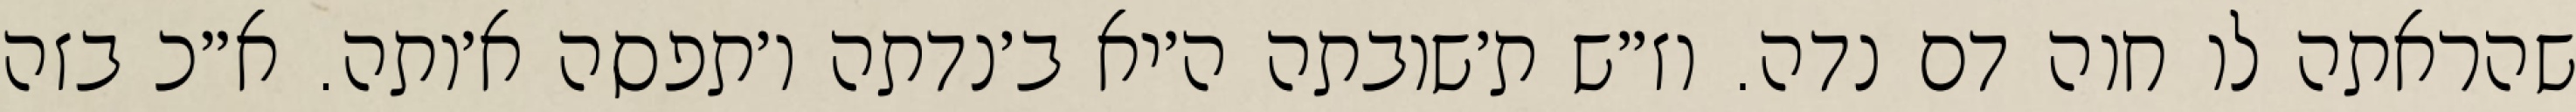
שהראתה לו חוה דם נדה. וז״ש ת׳שובתה ה׳יא ב׳נדתה ו׳תפסה א׳ותה. א״כ בזה